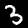
Label: 3